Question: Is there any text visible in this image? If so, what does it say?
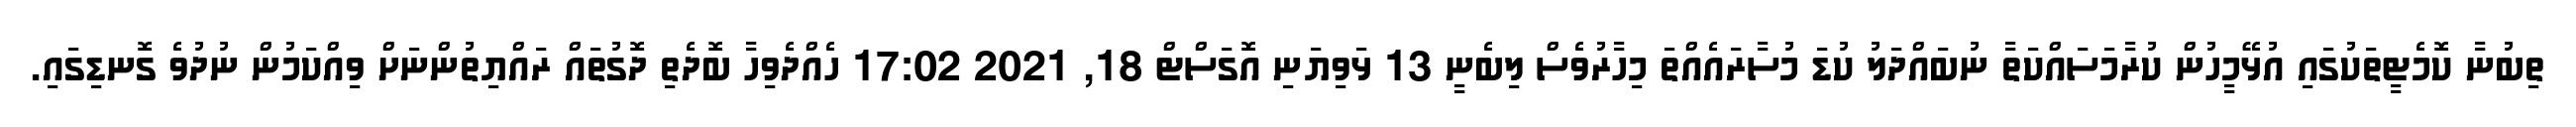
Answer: ތިބުނާ ކޮމެޓީތަކުގައި އުޅޭމީހުން ކުރާމަސައްކަތާ ނުބައްދަލު ކުޑަ މުސާރައެއްތަ މިހާރުވެސް ލިބެނީ 13 ޅަވިޔަނި އޮގަސްޓް 18, 2021 17:02 ހެއްދެވިހާ ބޮދެތި ދޮގުތައް ރައްޔިތުންނަށް ވިއްކަމުން ނުދުވެ ގޮނޑިގައި.